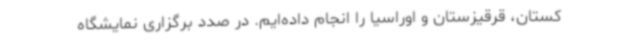
کستان، قرقیزستان و اوراسیا را انجام داده‌ایم. در صدد برگزاری نمایشگاه